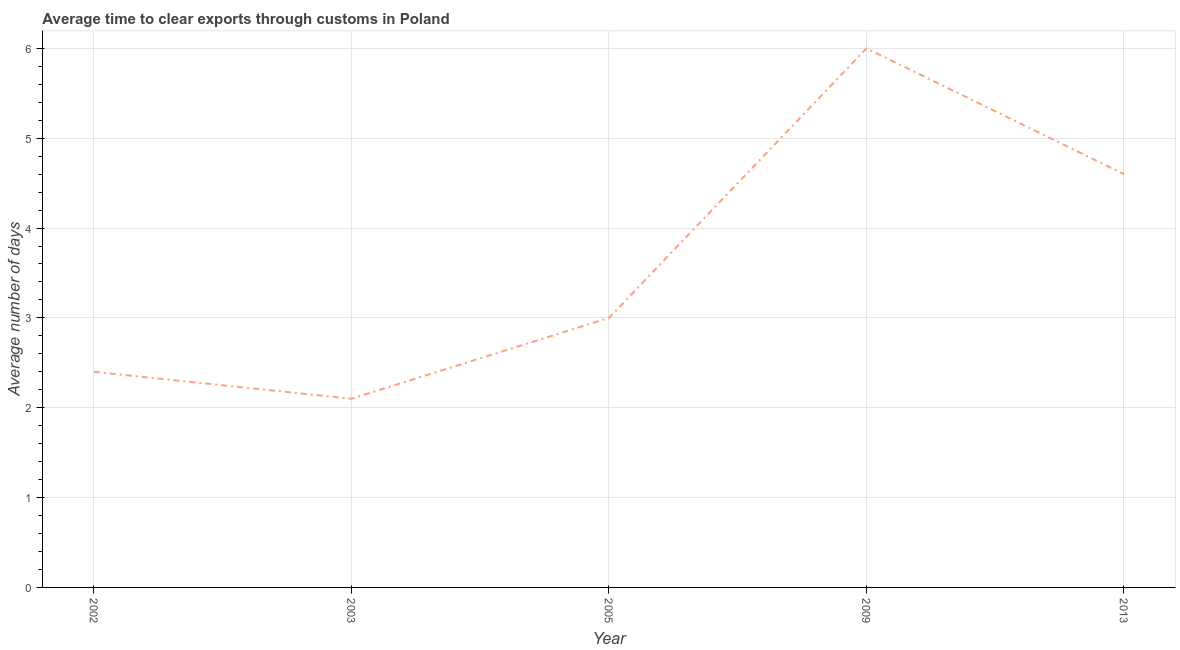
| Year | Time to clear exports through customs |
 | --- | --- |
 | 2002 | 2.4 |
 | 2003 | 2.1 |
 | 2005 | 3 |
 | 2009 | 6 |
 | 2013 | 4.6 |